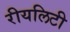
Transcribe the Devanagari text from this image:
रीयलिटी